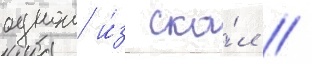
однои и́з ска́л //